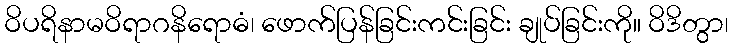
ဝိပရိနာမဝိရာဂနိရောဓံ၊ ဖောက်ပြန်ခြင်းကင်းခြင်း ချုပ်ခြင်းကို။ ဝိဒိတွာ၊